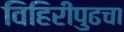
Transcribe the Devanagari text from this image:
विहिरीपुढचा